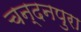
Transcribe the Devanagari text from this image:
चन्दनपुरा